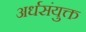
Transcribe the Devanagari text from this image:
अर्धसंयुक्त